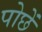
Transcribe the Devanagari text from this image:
पोछें